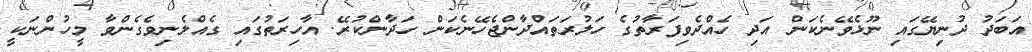
އަބަދު ދުނިޔޭގައި ނޫޅެވޭނެކަން އަދި ހެއްދެވިފަރާތުގެ ހަލުރަތައްދާންޖެހޭނެކަން ހަދާންކުރޭ. އާހިރަތުގައި ގެއްލެނިވެގެންވާ މީހުންނަކީ